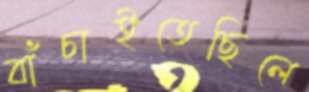
বাঁচাইতেছিলে